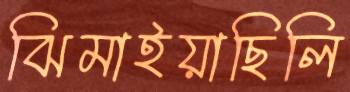
ঝিমাইয়াছিলি